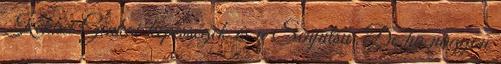
Kekkei Genkai képességek és a Senjutsu. De ha nagyon